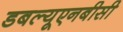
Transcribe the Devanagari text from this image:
डबल्यूएनबीसी